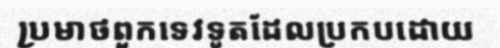
ប្រមាថពួកទេវទូតដែលប្រកបដោយ